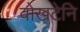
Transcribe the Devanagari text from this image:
वोखटेनि